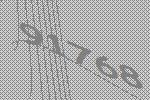
91768